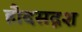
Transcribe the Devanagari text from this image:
हौदसदृश